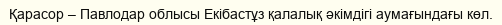
Қарасор – Павлодар облысы Екібастұз қалалық әкімдігі аумағындағы көл.